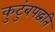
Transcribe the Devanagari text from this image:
कुटुंबपद्धति